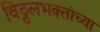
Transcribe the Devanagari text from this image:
विठ्ठलभक्तांच्या